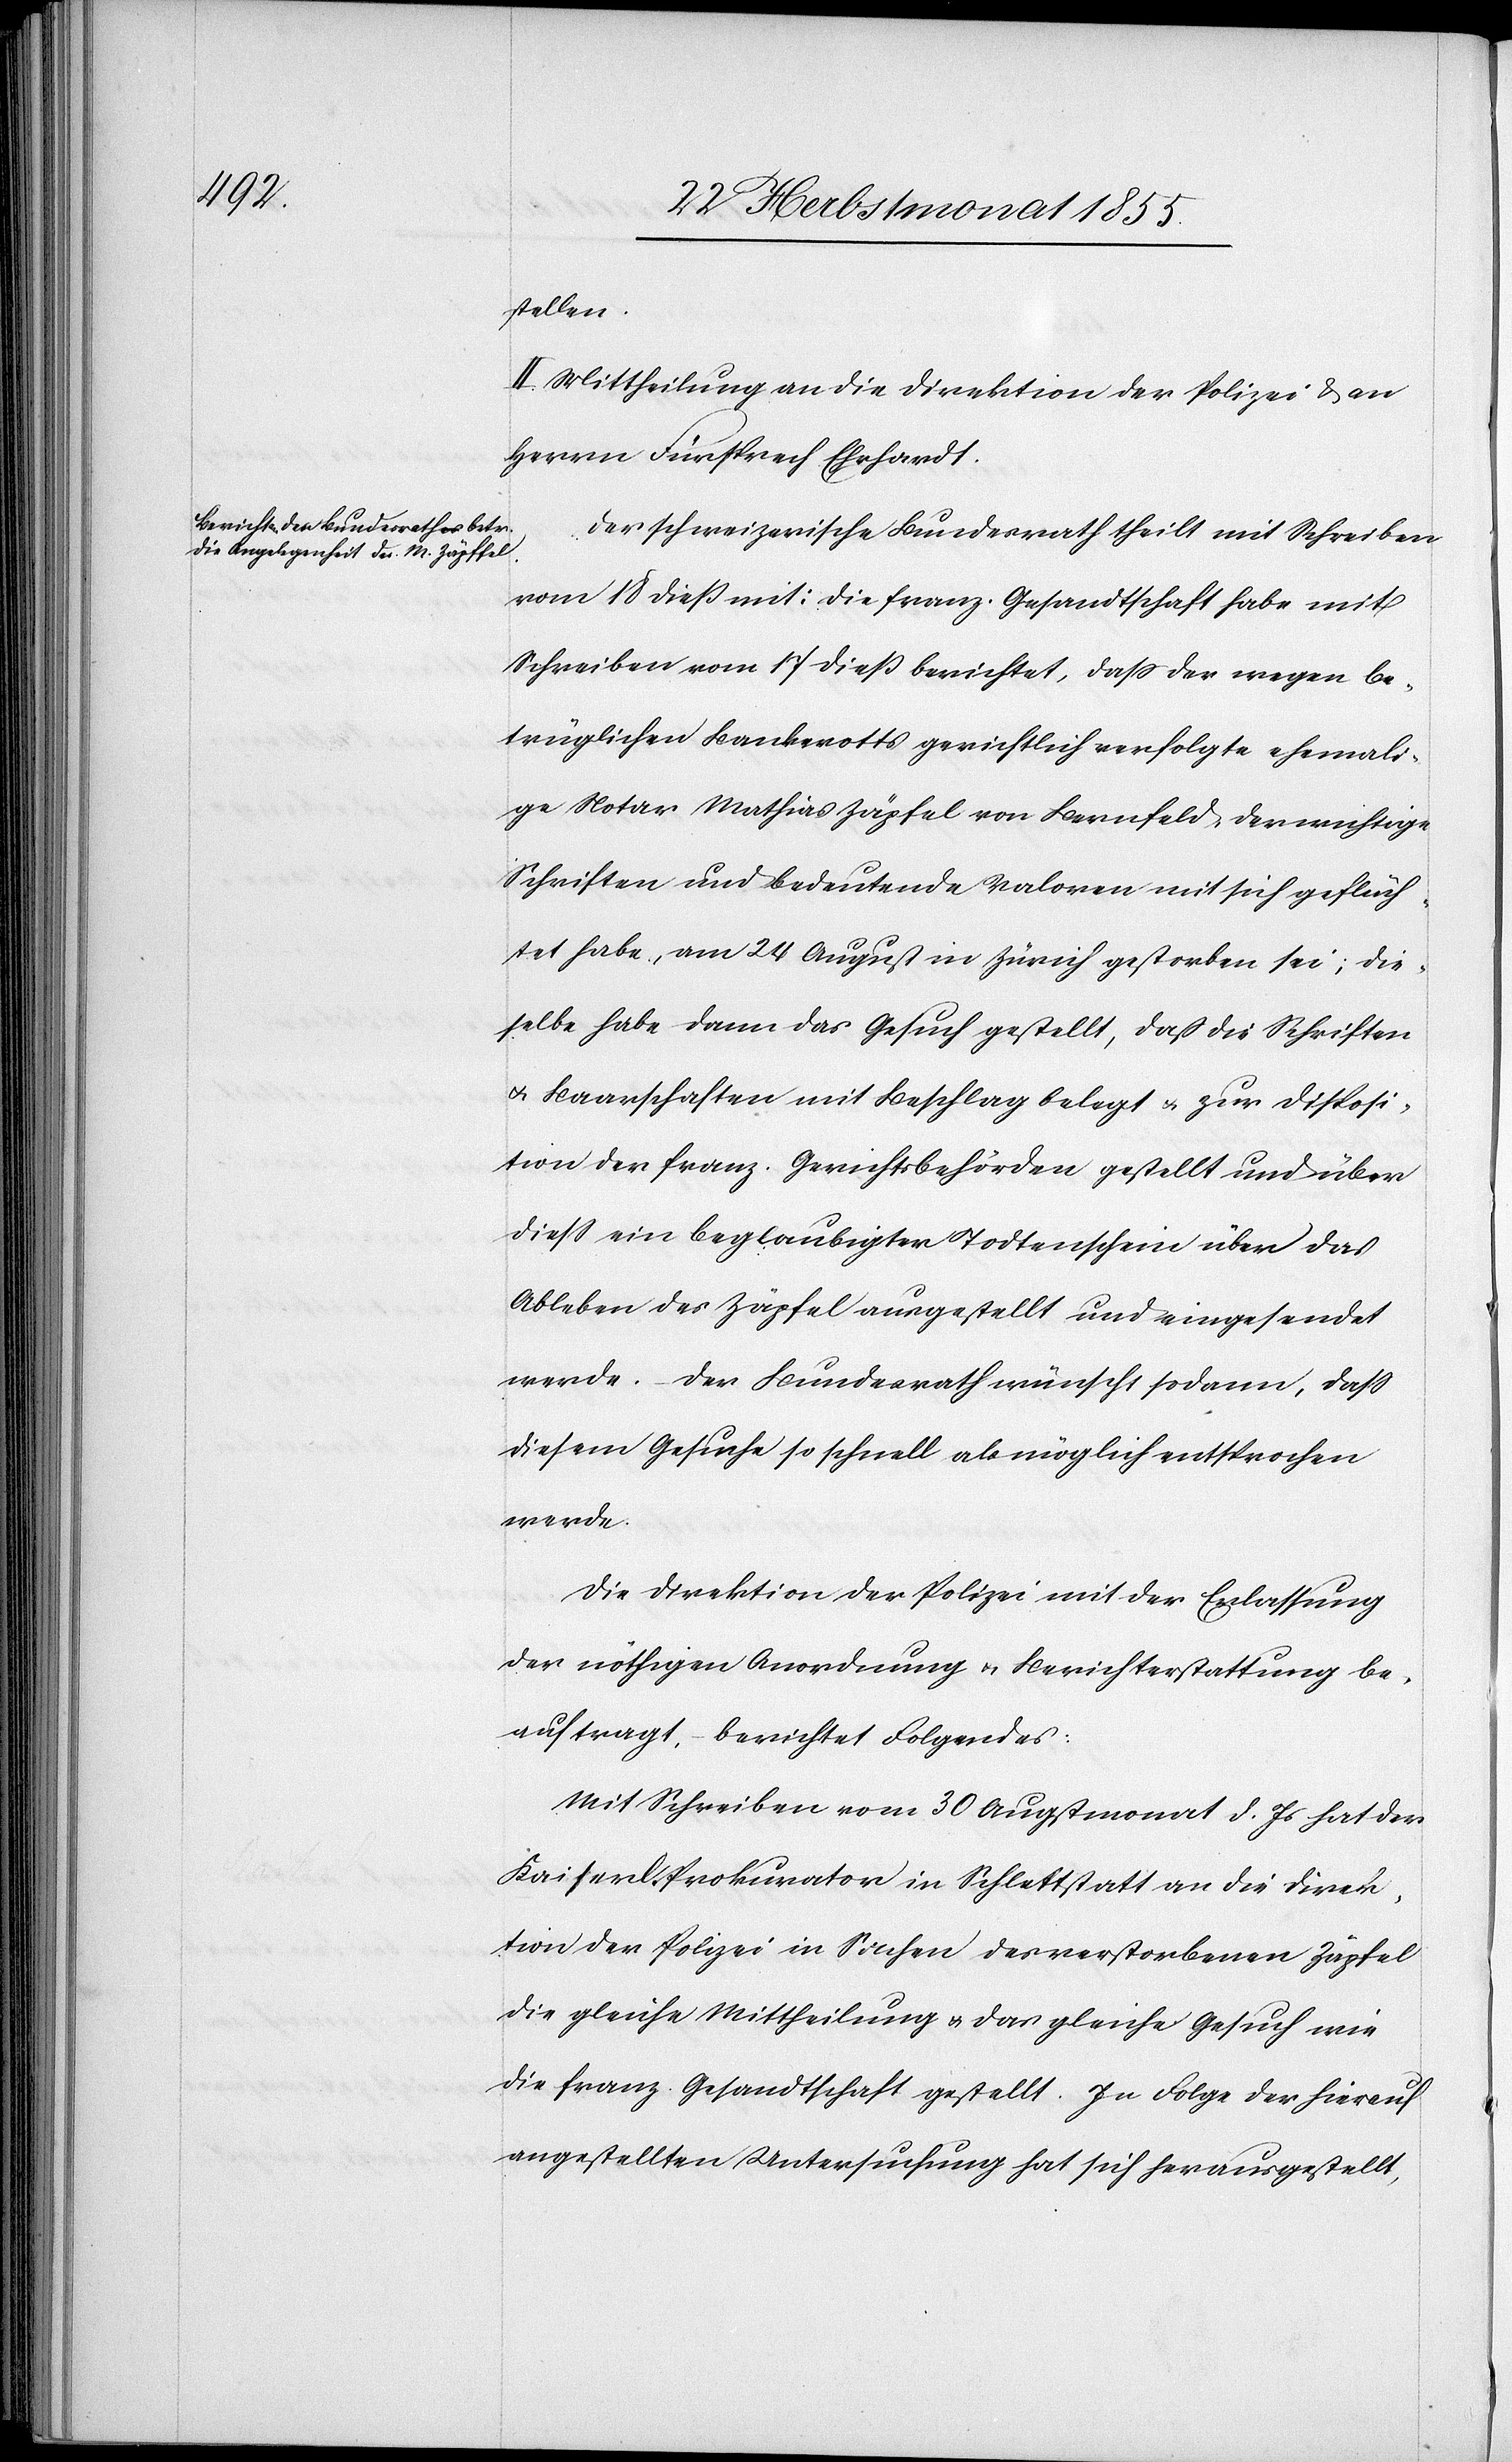
stellen.
II. Mittheilung an die Direktion der Polizei & an
Herrn Fürsprech Ehrhardt.
Der schweizerische Bundesrath theilt mit Schreiben
vom 18 dieß mit: Die franz. Gesandtschaft habe mit
Schreiben vom 17 dieß berichtet, dass der wegen be¬
trüglichen Bankerotts gerichtlich verfolgte ehemali¬
ge Notar Mathias Zäpfel [sic!] von Bernfeld, der wichtige
Schriften und bedeutende Valoren mit sich geflüch¬
tet habe, am 24 August in Zürich gestorben sei; die¬
selbe habe dann das Gesuch gestellt, daß die Schriften
& Baarschaften mit Beschlag belegt & zur Disposi¬
tion der franz. Gerichtsbehörden gestellt und über
diess ein beglaubigter Todtenschein über das
Ableben des Zäpfel ausgestellt und eingesendet
werde. – Der Bundesrath wünscht sodann, dass
diesem Gesuche so schnell als möglich entsprochen
werde.
Die Direktion der Polizei mit der Erlassung
der nöthigen Anordnung & Berichterstattung be¬
auftragt, – berichtet Folgendes:
Mit Schreiben vom 30 Augstmonat d. Js hat der
Kaiserl. Prokurator in Schlettstatt an die Direk¬
tion der Polizei in Sachen des verstorbenen Zäpfel
die gleiche Mittheilung & das gleiche Gesuch wie
die franz. Gesandtschaft gestellt. In Folge der hierauf
angestellten Untersuchung hat sich herausgestellt,